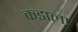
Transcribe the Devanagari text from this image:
कडाला